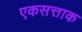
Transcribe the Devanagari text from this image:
एकसत्ताक